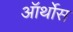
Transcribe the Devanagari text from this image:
ऑर्थोस